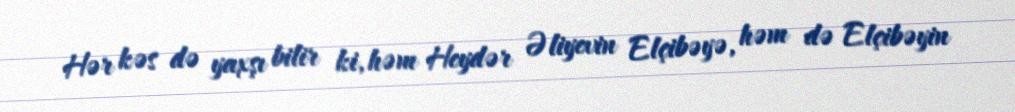
Hər kəs də yaxşı bilir ki, həm Heydər Əliyevin Elçibəyə, həm də Elçibəyin